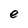
Character: e